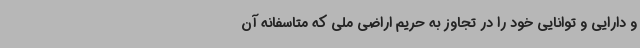
و دارایی و توانایی خود را در تجاوز به حریم اراضی ملی که متاسفانه آن